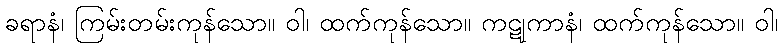
ခရာနံ၊ ကြမ်းတမ်းကုန်သော။ ဝါ၊ ထက်ကုန်သော။ ကဋုကာနံ၊ ထက်ကုန်သော။ ဝါ၊